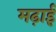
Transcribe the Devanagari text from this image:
मढ़ाई